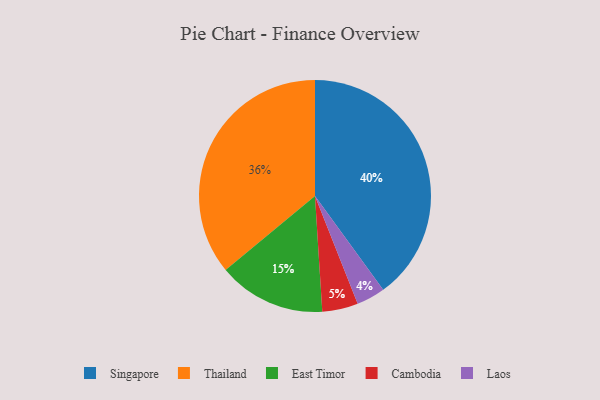
{"axis": {"x": "Category", "y": "Percentage"}, "legend": ["Cambodia", "East Timor", "Laos", "Singapore", "Thailand"], "data": [{"x": "Cambodia", "y": 5, "type": "Cambodia"}, {"x": "Singapore", "y": 40, "type": "Singapore"}, {"x": "East Timor", "y": 15, "type": "East Timor"}, {"x": "Thailand", "y": 36, "type": "Thailand"}, {"x": "Laos", "y": 4, "type": "Laos"}]}